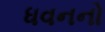
ધવનનો